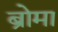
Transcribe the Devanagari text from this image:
ब्रोमा